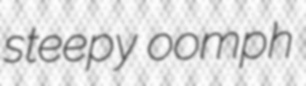
steepy oomph